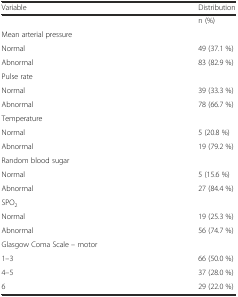
| Variable | Distribution |
 | --- | --- |
 |  | n (%) |
 | Mean arterial pressure |  |
 | Normal | 49 (37.1 %) |
 | Abnormal | 83 (82.9 %) |
 | Pulse rate |  |
 | Normal | 39 (33.3 %) |
 | Abnormal | 78 (66.7 %) |
 | Temperature |  |
 | Normal | 5 (20.8 %) |
 | Abnormal | 19 (79.2 %) |
 | Random blood sugar |  |
 | Normal | 5 (15.6 %) |
 | Abnormal | 27 (84.4 %) |
 | SPO2 |  |
 | Normal | 19 (25.3 %) |
 | Abnormal | 56 (74.7 %) |
 | Glasgow Coma Scale – motor |  |
 | 1–3 | 66 (50.0 %) |
 | 4–5 | 37 (28.0 %) |
 | 6 | 29 (22.0 %) |